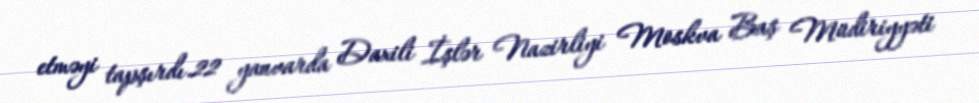
etməyi tapşırdı.22 yanvarda Daxili İşlər Nazirliyi Moskva Baş Müdiriyyəti